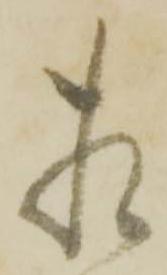
相